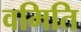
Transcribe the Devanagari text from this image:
वमिति